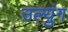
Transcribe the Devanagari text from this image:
उल्युंग